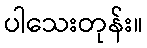
ပါသေးတုန်း။